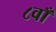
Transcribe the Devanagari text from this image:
८वाँ